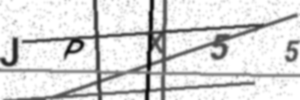
Text: JPX55